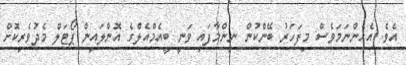
އެވެ. އެހެންނަމަވެސް މިފަހަރު ބޭންކުން ނިންމާފައި ވަނީ ބީއެމްއެލްގެ އޮންލައިން ޕޯޓަލް މެދުވެރިކޮށް